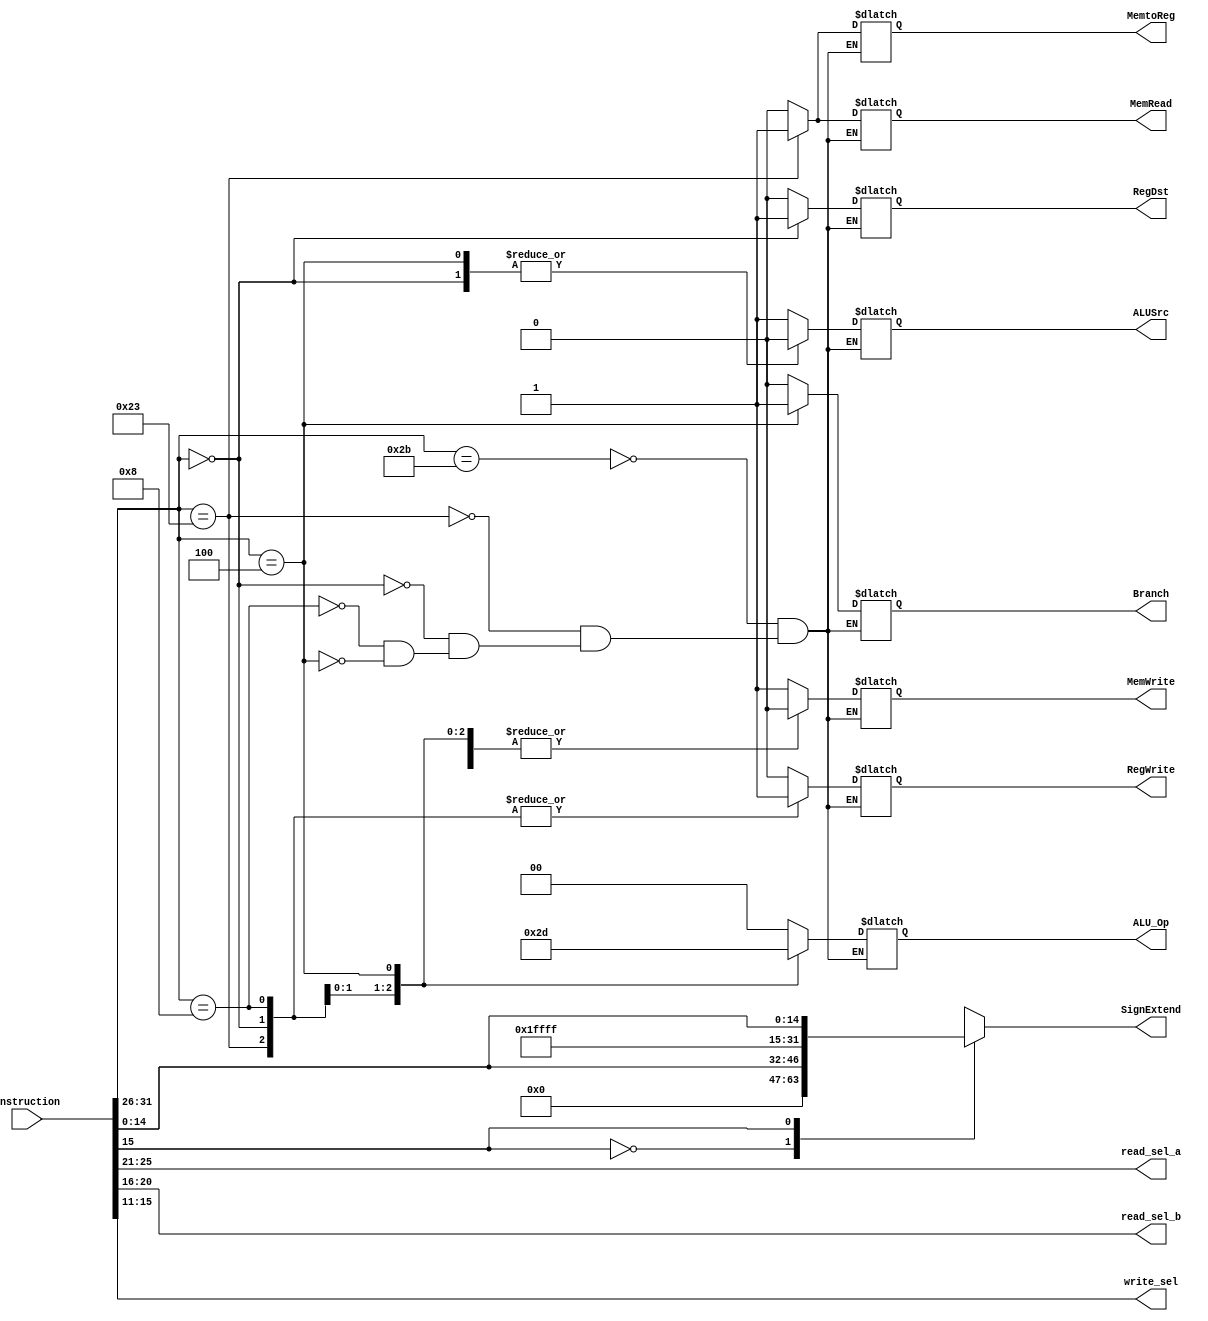
`timescale 1ns / 1ns
module Control_Unit(
	 //input clock,
    input [31:0] instruction,
    output reg[1:0] ALU_Op,
    output [4:0] read_sel_a,
    output [4:0] read_sel_b,
    output [4:0] write_sel,
	 output reg[31:0] SignExtend,
    output reg Branch,
	 output reg MemRead,
	 output reg MemtoReg,
	 output reg MemWrite,
	 output reg ALUSrc,
	 output reg RegWrite,
	 output reg RegDst
	 
);

    // TODO This is an unfinished control unit. It serves just to get you going with phase I, so you will need to change it
    // as you go along.
	
	
    assign read_sel_a  = instruction[25:21];	//[20:16];
    assign read_sel_b  = instruction[20:16];	///[15:11];
    assign write_sel   = instruction[15:11];	//[25:21];
	 //assign SignExtend  = instruction[15:0];
	 
	 
	 
	 always@(*) begin
		case(instruction[15])
			1'b0: SignExtend <= {16'b0000000000000000, instruction[15:0]};
			1'b1: SignExtend <= {16'b1111111111111111, instruction[15:0]};
		endcase
		
		case(instruction[31:26])
			6'b101011: begin //sw
							RegDst <= 0;
							ALUSrc <= 1;
							MemtoReg <= 0;
							RegWrite <= 0;
							MemRead <= 0;
							MemWrite <= 1;
							Branch <= 0;
							ALU_Op <= 0;
						  end
							
			6'b100011: begin //lw
							RegDst <= 0;
							ALUSrc <= 1;
							MemtoReg <= 1;
							RegWrite <= 1;
							MemRead <= 1;
							MemWrite <= 0;
							Branch <= 0;
							ALU_Op <= 0;
						  end
						  
			6'b000000: begin //r-type
							RegDst <= 1;
							ALUSrc <= 0;
							MemtoReg <= 0;
							RegWrite <= 1;
							MemRead <= 0;
							MemWrite <= 0;
							Branch <= 0;
							ALU_Op <= 2'b10;
						  end
						  
			6'b001000: begin //addi
							RegDst <= 0;
							ALUSrc <= 1;
							MemtoReg <= 0;
							RegWrite <= 1;
							MemRead <= 0;
							MemWrite <= 0;
							Branch <= 0;
							ALU_Op <= 2'b11;
						  end
						  
			6'b000100: begin //beq
							RegDst <= 0;
							ALUSrc <= 0;
							MemtoReg <= 0;
							RegWrite <= 0;
							MemRead <= 0;
							MemWrite <= 0;
							Branch <= 1;
							ALU_Op <= 2'b01;
						  end
		endcase
	 
	 end
	 
endmodule